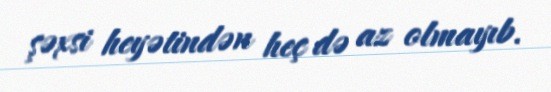
şəxsi heyətindən heç də az olmayıb.